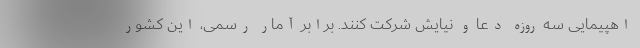
اهپیمایی سه روزه دعا و نیایش شرکت کنند. برابر آمار رسمی، این کشور